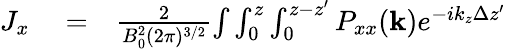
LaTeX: \begin{array}{rlr}{J_{x}}&{{}=}&{\frac{2}{B_{0}^{2}(2\pi)^{3/2}}{\int}\int_{0}^{z}\int_{0}^{z-z^{\prime}}P_{xx}(\mathbf{k})e^{-ik_{z}\Delta z^{\prime}}}\end{array}